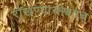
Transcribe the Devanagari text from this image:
रोखण्यासोबतच